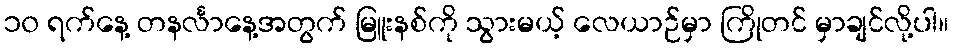
၁၀ ရက်နေ့ တနင်္လာနေ့အတွက် မြူးနစ်ကို သွားမယ့် လေယာဉ်မှာ ကြိုတင် မှာချင်လို့ပါ။